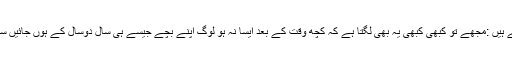
ان کے زخموں پر مرہم رکھنے کے بجائے یوگی جی فرماتے ہیں :مجھے تو کبھی کبھی یہ بھی لگتا ہے کہ کچھ وقت کے بعد ایسا نہ ہو لوگ اپنے بچے جیسے ہی سال دوسال کے ہوں جائیں سرکار بھروسے چھوڑ دیں تاکہ سرکار ان کی پرورش کرے ۔